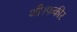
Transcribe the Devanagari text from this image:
थी।फकीर